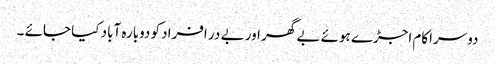
دوسراکام اجڑے ہوئے بے گھر اور بے در افراد کو دوبارہ آباد کیا جائے ۔